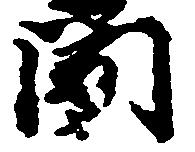
聞